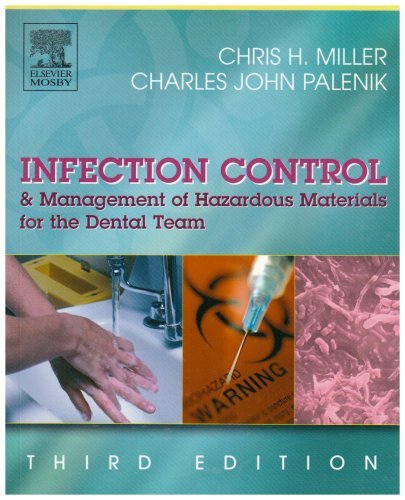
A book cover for Infection Control & Management of Hazardous Materials for the Dental Team, 3RD EDITION; Chris Miller; Medical Books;